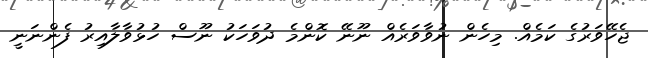
ޖެހޭވަރުގެ ކަމެއް. މިހެން ނުވާވަރެއް ނޫނޭ ކޮންމެ ދުވަހަކު ނޫސް ހުޅުވާލާއިރު ފެންނަނީ